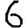
Digit: 6